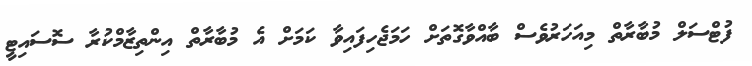
ފުޓްސަލް މުބާރާތް މިއަހަރުވެސް ބާއްވާގޮތަށް ހަމަޖެހިފައިވާ ކަމަށް އެ މުބާރާތް އިންތިޒާމްކުރާ ސޮސައިޓީ